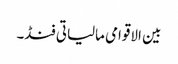
بین الاقوامی مالیاتی فنڈ۔